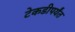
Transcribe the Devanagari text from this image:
टेकडीपर्यंत